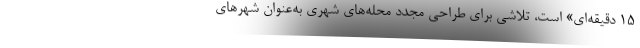
۱۵ دقیقه‌ای» است، تلاشی برای طراحی مجدد محله‌های شهری به‌عنوان شهرهای